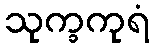
သုက္ခကုရံ